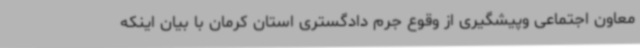
معاون اجتماعی وپیشگیری از وقوع جرم دادگستری استان کرمان با بیان اینکه